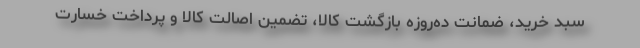
سبد خرید، ضمانت ده‌روزه بازگشت کالا، تضمین اصالت کالا و پرداخت خسارت